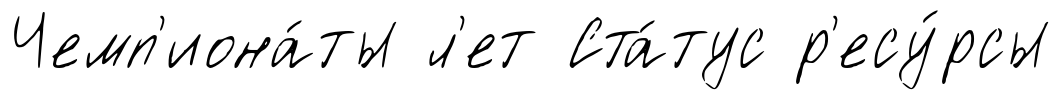
Чемп'иона́ты л'ет Ста́тус р'есу́рсы